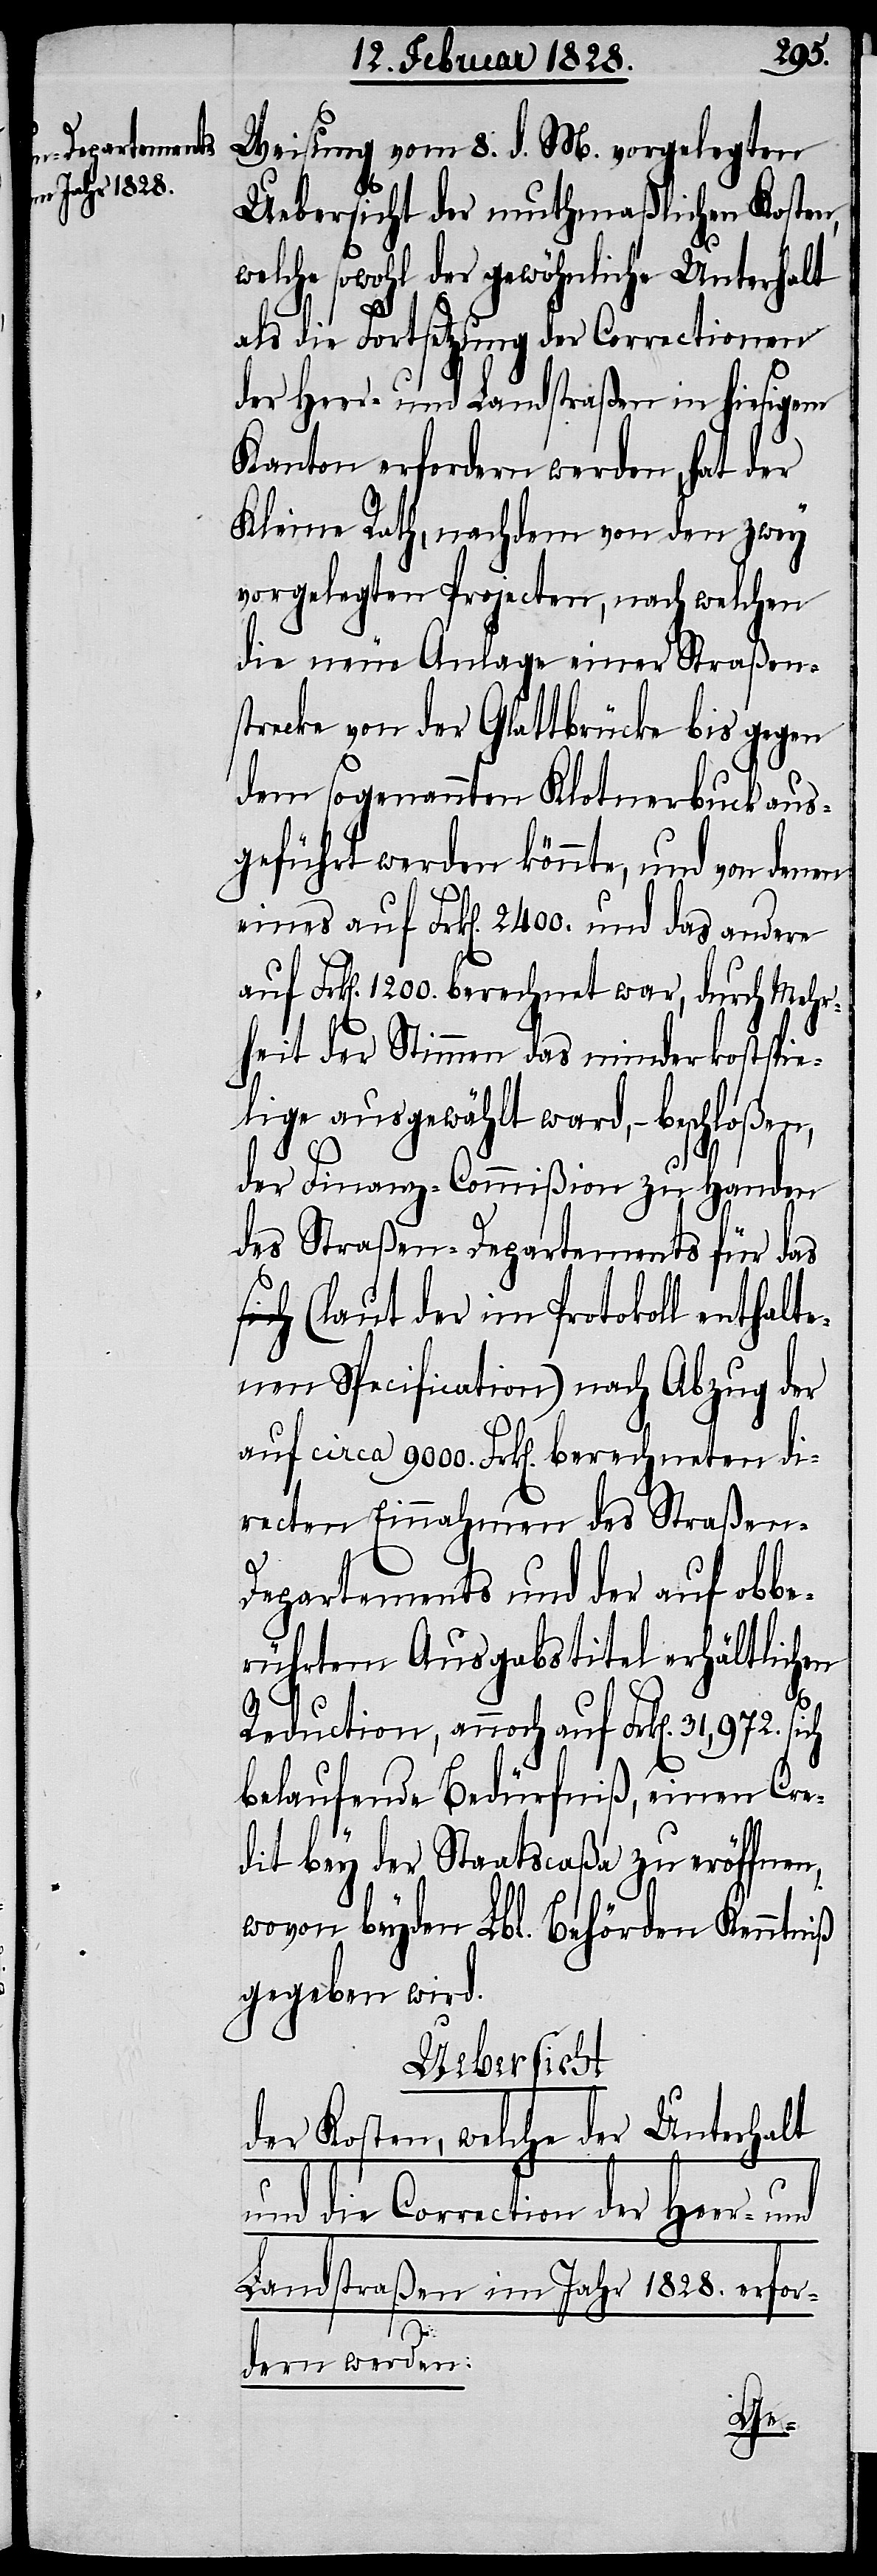
Weisung vom 8. d. M. vorgelegten
Uebersicht der muthmaßlichen Kosten,
welche sowohl der gewöhnliche Unterhalt
als die Fortsetzung der Correctionen
der Heer- und Landstraßen in hiesigem
Kanton erfordern werden, hat der
Kleine Rath, nachdem von den zwey
vorgelegten Projecten, nach welchen
die neue Anlage einer Straßen¬
strecke von der Glattbrücke bis gegen
den sogenannten Klotnerbuck aus¬
geführt werden könnte, und von denen
eines auf Frk[en]. 2400. und das andere
Frk[en]. 1200. berechnet war, durch Mehr¬
heit der Stimmen das minderkostspie¬
lige ausgewählt ward, – beschloßen,
der Finanz-Commißion zu Handen
des Straßen-Departements für da¬
s (laut der im Protokoll enthalte¬
nen Specification) nach Abzug der
auf circa 9000. Frk[en]. berechneten di¬
recten Einnahmen des Straßen-D¬
epartements und der auf obbe¬
rührtem Ausgabstitel erhältlichen
Reduction, annoch auf Frk[en]. 31,972.
belaufende Bedürfniß, einen Cre¬
dit bey der Staatscaßa zu eröffnen,
wovon beyden Lbl. Behörden Kenntniß
gegeben wird.
Uebersicht
der Kosten, welche der Unterhalt
und die Correction der
Landstraßen im Jahr 1828. erfor¬
dern werden: